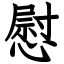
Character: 慰